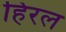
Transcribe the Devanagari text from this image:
हिरल